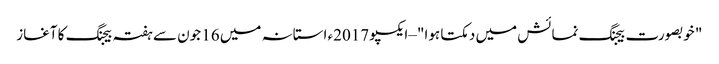
‫" خوبصورت بیجنگ نمائش میں دمکتا ہوا" –ایکسپو 2017ء استانہ میں 16 جون سے ہفتہ بیجنگ کا آغاز